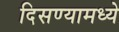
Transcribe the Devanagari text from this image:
दिसण्यामध्ये